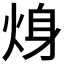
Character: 𱫍